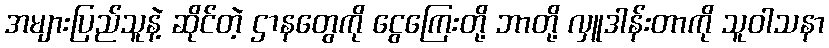
အများပြည်သူနဲ့ ဆိုင်တဲ့ ဌာနတွေကို ငွေကြေးတို့ ဘာတို့ လှူဒါန်းတာကို သူဝါသနာ